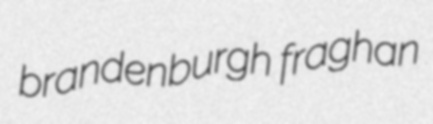
brandenburgh fraghan